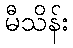
မီသိန်း